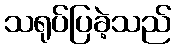
သရုပ်ပြခဲ့သည်